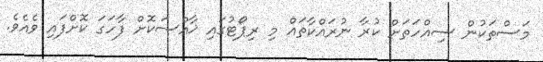
މަސްތަކުން ސިއްހަތަށް ކުރާ ނުރައްކާތައް މި ރިޕޯޓުގައި ޚާއްސަކޮށް ފާހަގަ ކޮށްފައި ވެއެވެ.